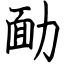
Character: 勔